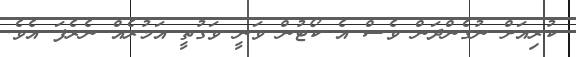
ކުރިއަށް ނުގެންދަން ވެސް އެ ކޯޓުން ވަނީ ވަގުތީ އަމުރެއް ނެރެފަ އެވެ.